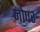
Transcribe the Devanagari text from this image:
नोपर